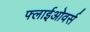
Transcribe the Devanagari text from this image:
फ्लाईओवर्स